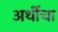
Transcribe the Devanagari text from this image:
अर्थीचा